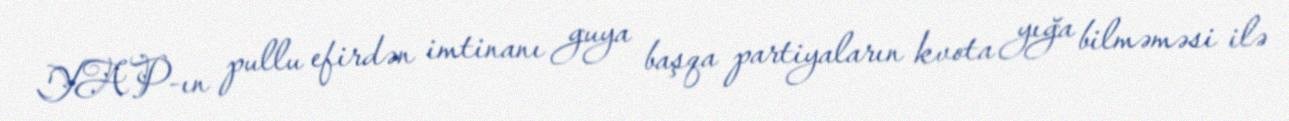
YAP-ın pullu efirdən imtinanı guya başqa partiyaların kvota yığa bilməməsi ilə